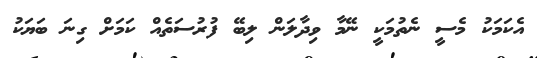
އެކަމަކު މެސީ ނެތުމަކީ ނޭމާ ވިދާލަން ލިބޭ ފުރުސަތެއް ކަމަށް ގިނަ ބަޔަކު